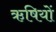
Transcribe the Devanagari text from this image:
ऋषियों